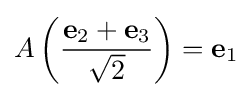
A\left({\frac {\mathbf {e} _{2}+\mathbf {e} _{3}}{\sqrt {2}}}\right)=\mathbf {e} _{1}